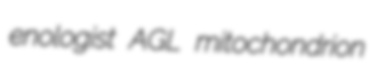
enologist AGL mitochondrion